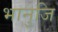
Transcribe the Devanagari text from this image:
भानुजि